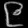
Digit: ၉